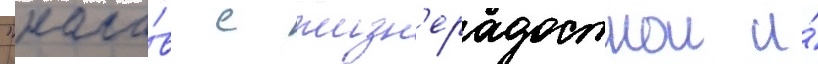
"нача́в с жизн'ерадостнои и́